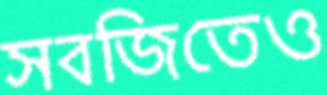
সবজিতেও